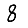
Digit: 8